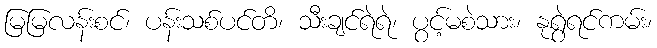
မြမြလန်းစင်၊ ပန်းသစ်ပင်တိ၊ သီးချင်ရဲရဲ၊ ပွင့်မစဲသား၊ နုရွဲရင်ကမ်း၊